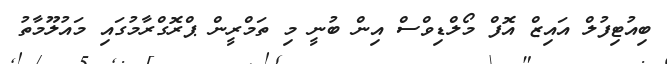
ބިއުޓިފުލް އައިޒް އޮފް މޯލްޑިވްސް އިން ބުނީ މި ތަމްރީން ޕްރޮގްރާމުގައި މައުލޫމާތު